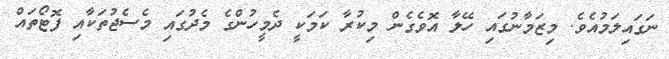
ނަގައިލަމުއެވެ. މިޒަމާނުގައި ހޭލާ އޮވެގެން މިކުރާ ކަމަކީ ދެމީހުންގެ މެދުގައި މެސެޖުތަކާއި ފޮޓޯތައް